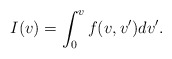
\begin{align*} I(v)=\int_0^vf(v,v')dv'.\end{align*}